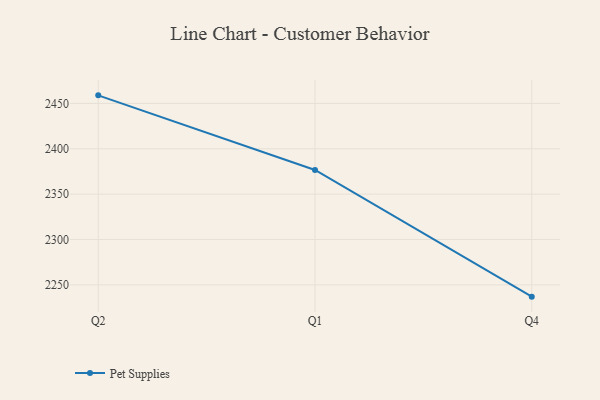
{"axis": {"x": "Quarter", "y": "Gross Profit (USD K)"}, "legend": ["Pet Supplies"], "data": [{"x": "Q2", "y": 2458.9, "type": "Pet Supplies"}, {"x": "Q1", "y": 2376.6, "type": "Pet Supplies"}, {"x": "Q4", "y": 2237.0, "type": "Pet Supplies"}]}